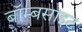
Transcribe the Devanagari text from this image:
बॉम्बसाइट